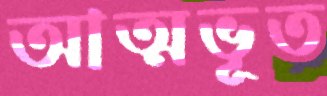
আত্মভূত